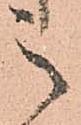
之